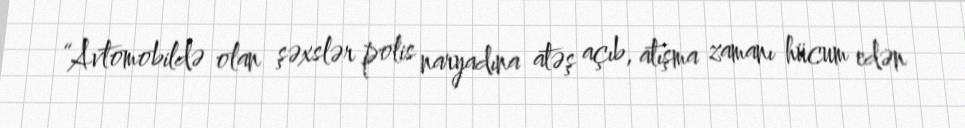
“Avtomobildə olan şəxslər polis naryadına atəş açıb, atışma zamanı hücum edən